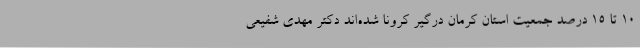
10 تا 15 درصد جمعیت استان کرمان درگیر کرونا شده‌اند دکتر مهدی شفیعی